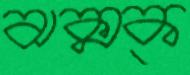
ঝক্‌মক্‌